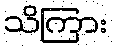
သိကြား